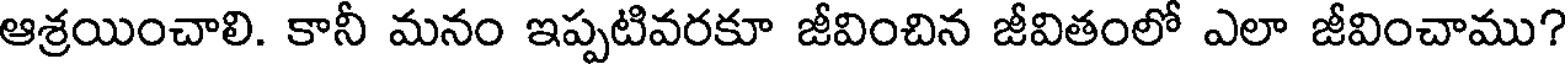
ఆశ్రయించాలి. కానీ మనం ఇప్పటివరకూ జీవించిన జీవితంలో ఎలా జీవించాము?